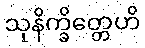
သုနိက္ခိတ္တေဟိ